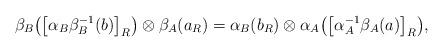
LaTeX: \begin{gather*} \beta _B\big(\big[\alpha _B\beta _B^{-1}(b)\big]_R\big)\otimes \beta _A(a_R)= \alpha_B(b_R)\otimes \alpha _A\big(\big[\alpha _A^{-1}\beta _A(a)\big]_R\big),\end{gather*}